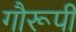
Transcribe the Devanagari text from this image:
गौरूपी